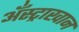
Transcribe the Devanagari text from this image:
अँस्ट्राखान